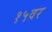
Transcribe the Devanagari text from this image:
१५वर